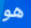
هو